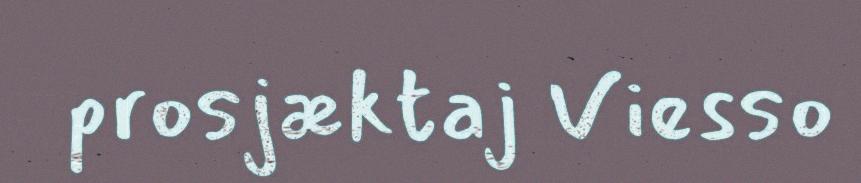
prosjæktaj Viesso